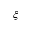
\xi